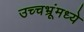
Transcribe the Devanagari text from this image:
उच्चभ्रूंमध्ये